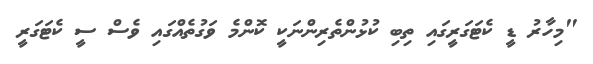
"މިހާރު ޑީ ކެޓަގަރީގައި ތިބި ކުޅުންތެރިންނަކީ ކޮންމެ ވަގުތެއްގައި ވެސް ސީ ކެޓަގަރީ